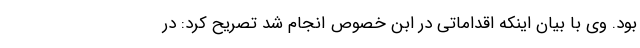
بود. وی با بیان اینکه اقداماتی در ابن خصوص انجام شد تصریح کرد: در